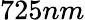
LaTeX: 725nm